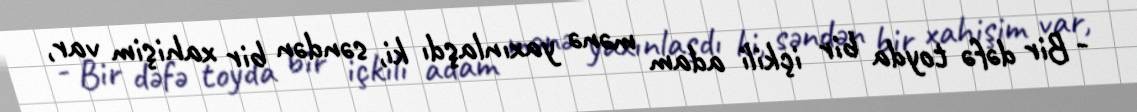
- Bir dəfə toyda bir içkili adam mənə yaxınlaşdı ki, səndən bir xahişim var,